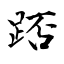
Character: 踎